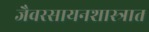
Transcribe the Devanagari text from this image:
जैवरसायनशास्त्रात